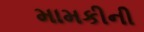
મામકીની